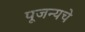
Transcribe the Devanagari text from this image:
पूजन्यचे